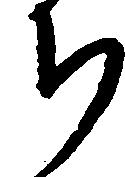
ち